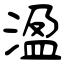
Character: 溋